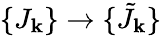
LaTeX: \{ J_{\mathbf{k}}\} \to\{ {\tilde{{J}}}_{\mathbf{k}}\}